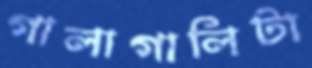
গালাগালিটা